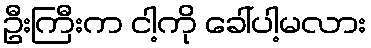
ဦးကြီးက ငါ့ကို ခေါ်ပါ့မလား